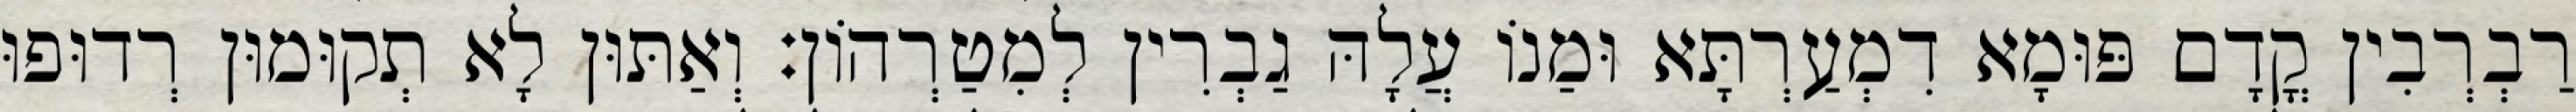
רַבְרְבִין קֳדָם פּוּמָא דִמְעַרְתָּא וּמַנוֹ עֲלָהּ גַבְרִין לְמִטַרְהוֹן׃ וְאַתּוּן לָא תְקוּמוּן רְדוּפוּ